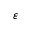
\varepsilon